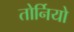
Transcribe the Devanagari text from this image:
तोर्नियो